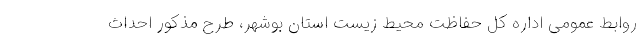
روابط عمومی اداره کل حفاظت محیط زیست استان بوشهر، طرح مذکور احداث